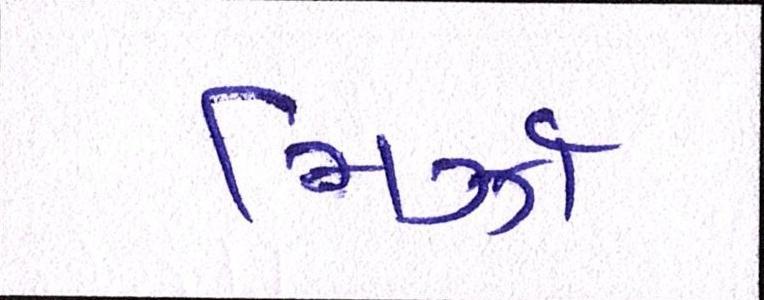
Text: મિર્ઝા